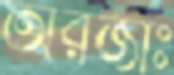
অরজাঃ